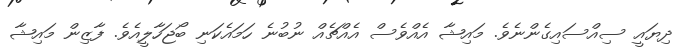
ދިޔައީ ސިއްސައިގެންނެވެ. މައިޝާ އެއްވެސް އެއްޗެއް ނުބުނެ ހަމައެކަނި ބޯޖަހާލީއެވެ. ފާޒިން މައިޝާ